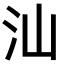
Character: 汕